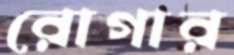
রোগার